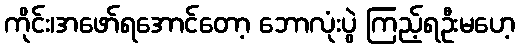
ကိုင်း၊အဖော်ရအောင်တော့ ဘောလုံးပွဲ ကြည့်ရဦးမဟေ့